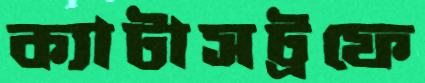
ক্যাটাসট্রফে